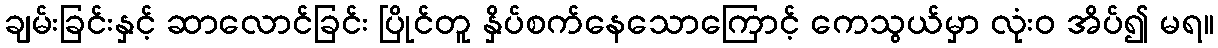
ချမ်းခြင်းနှင့် ဆာလောင်ခြင်း ပြိုင်တူ နှိပ်စက်နေသောကြောင့် ကေသွယ်မှာ လုံးဝ အိပ်၍ မရ။